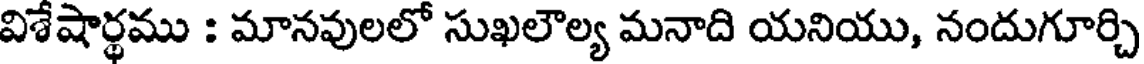
విశేషార్థము : మానవులలో సుఖలౌల్య మనాది యనియు, నందుగూర్చి